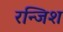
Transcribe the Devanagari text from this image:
रन्जिश